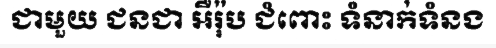
ជាមួយ ជនជា អឺរ៉ុប ជំពោះ ទំនាក់ទំនង